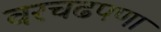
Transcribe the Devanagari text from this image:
वरचढपणा